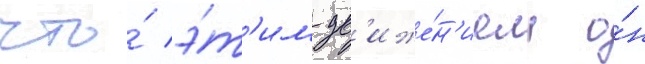
что́ э́т'им дв'иже́н'ием о́н